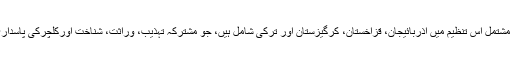
ترک نسل کے ملکوں پر مشتمل اس تنظیم میں آذربائیجان، قزاخستان، کرگیزستان اور ترکی شامل ہیں، جو مشترکہ تہذیب، وراثت، شناخت اورکلچرکی پاسداری کیلئے یکجا ہوئے ہیں۔